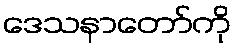
ဒေသနာတော်ကို